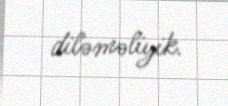
diləməliyik.